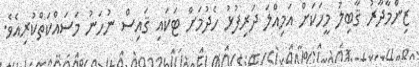
ޒިންމާދާރު ޤާބިލު މީހަކަށް އަމިއްލަ ދަރިފުޅު ހެދުމަށް ޓަކައި ޤައިސް ނުހަނު މަސައްކަތްކުރިއެވެ.